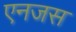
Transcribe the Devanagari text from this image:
एनजस